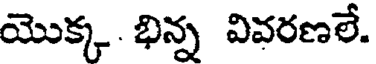
యొక్క. భిన్న వివరణలే.